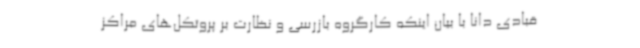
قبادی دانا با بیان اینکه کارگروه بازرسی و نظارت بر پروتکل‌های مراکز